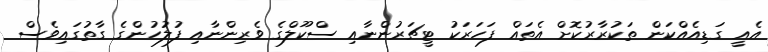
އެއީ ގަޑިއެއްކަން ތަކުރާރުކޮށް އެތައް ފަހަރަކު ޓީޗަރުންނާއި ސްކޫލްގެ ވެރިންނާއި ފުލުހުންގެ ގާތުގައިވެސް